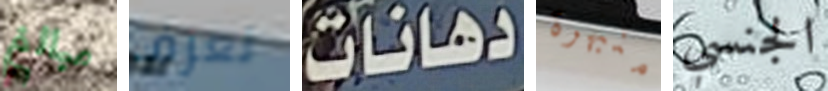
مبالغ تعرف دهانات منبهرة الجنسي